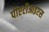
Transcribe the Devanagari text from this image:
पीएटीआइएस